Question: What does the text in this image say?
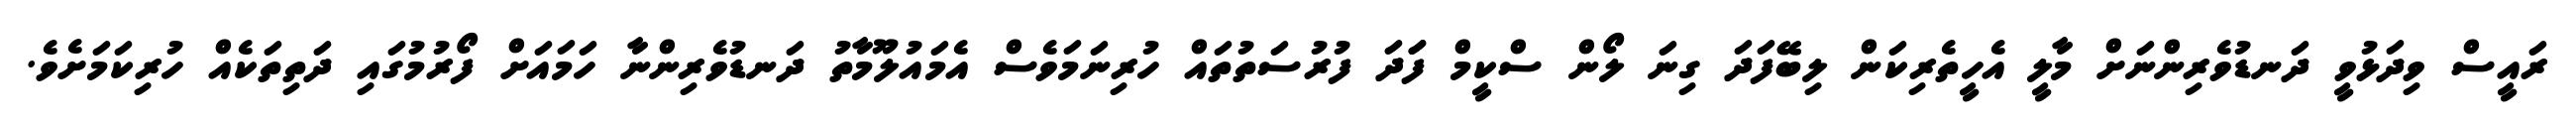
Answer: ރައީސް ވިދަޅުވީ ދަނޑުވެރިންނަށް މާލީ އެހީތެރިކަން ލިބޭފަދަ ގިނަ ލޯން ސްކީމް ފަަދަ ފުރުސަތުތައް ހުރިނަމަވެސް އެމައުލޫމާތު ދަނޑުވެރިންނާ ހަމައަށް ފޯރުމުގައި ދަތިތަކެއް ހުރިކަމަށެވެ.